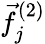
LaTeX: \vec{f}_{j}^{(2)}